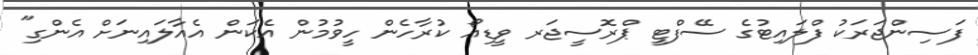
ފަސިންޖަރަކު ފްލައިޓުގެ ސޭފްޓީ ޕްރޮސީޖަރ ވީޑިއޯ ކުރާހެން ހީވުމުން އެކަން އެއާލައިނަށް އެންގި"